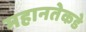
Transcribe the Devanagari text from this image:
महानतेकडे